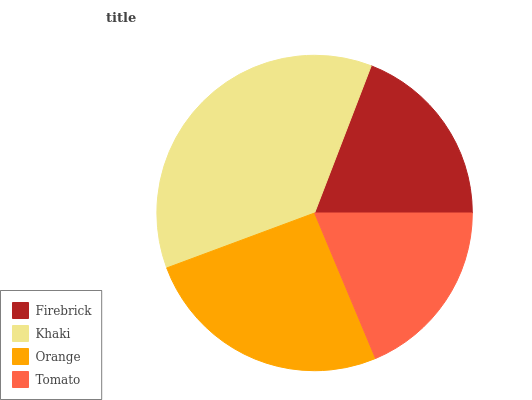
| Firebrick | Khaki | Orange | Tomato |
 | --- | --- | --- | --- |
 | 19.1% | 36.5% | 25.7% | 18.7% |